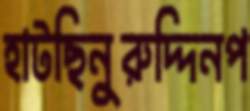
হাটছিনুরুদ্দিনপ